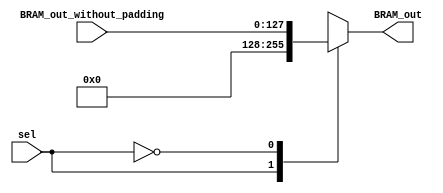
module MUX_padding_2X1  #(parameter M=8)(BRAM_out,sel,BRAM_out_without_padding);
output reg  [M*16-1:0] BRAM_out;
input  wire [M*16-1:0] BRAM_out_without_padding;
input  wire sel;

always@(*)
	case(sel)
		1'b1: BRAM_out=0;
		1'b0: BRAM_out=BRAM_out_without_padding;
	endcase
	
endmodule